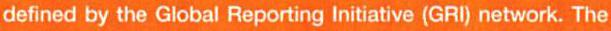
defined by the Global Reporting Initiative (GRI) network. The